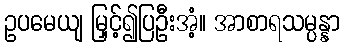
ဥပမေယျ မြှင့်၍ပြဦးအံ့။ အာစာရသမ္ပန္နာ